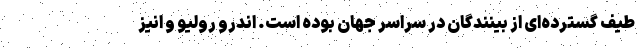
طیف گسترده‌ای از بینندگان در سراسر جهان بوده است. اندرو رولیو و انیز